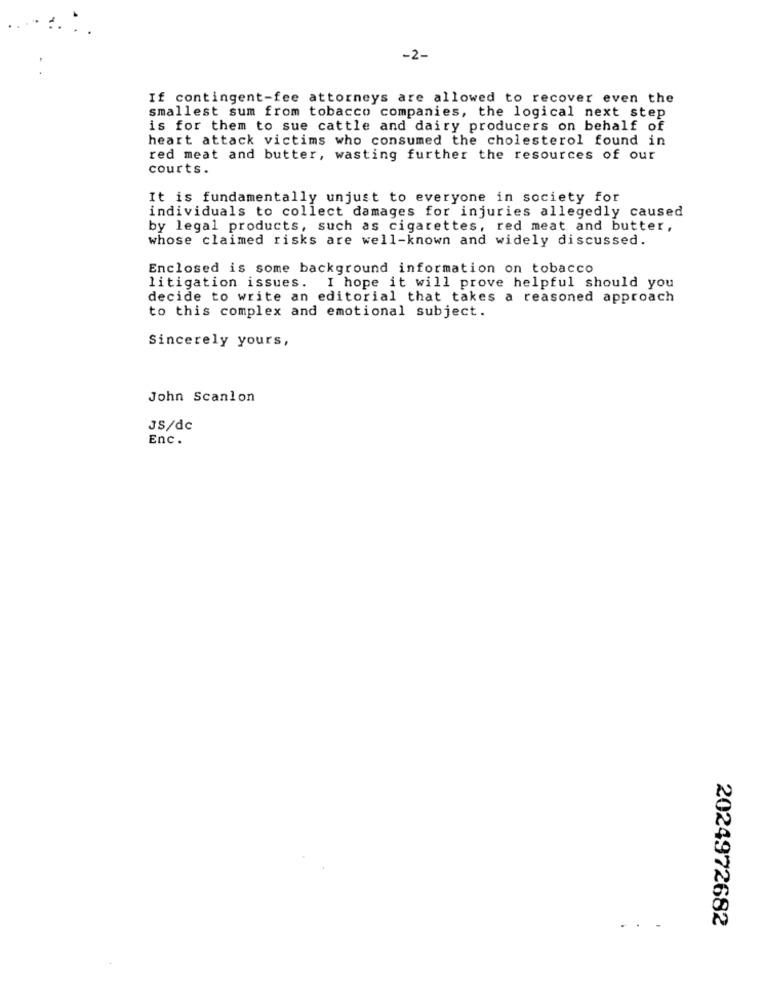
-2-
If contingent-fee attorneys are allowed to recover even the
smallest sum from tobacco companies, the logical next step
is for them to sue cattle and dairy producers on behalf of
heart attack victims who consumed the cholesterol found in
red meat and butter, wasting further the resources of our
courts.
It is fundamentally unjust to everyone in society for
individuals to collect damages for injuries allegedly caused
by legal products, such as cigarettes, red meat and butter,
whose claimed risks are well-known and widely discussed.
Enclosed is some background information on tobacco
litigation issues. I hope it will prove helpful should you
decide to write an editorial that takes a reasoned approach
to this complex and emotional subject.
Sincerely yours,
John Scanlon
JS/dc
Enc.
2024972682